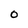
Character: O